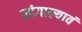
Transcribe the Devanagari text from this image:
म्हंगाल्यावं